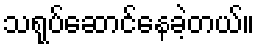
သရုပ်ဆောင်နေခဲ့တယ်။